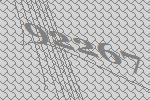
92267